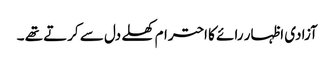
آزادی اظہار رائے کا احترام کھلے دل سے کرتے تھے ۔